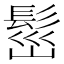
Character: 𩬷